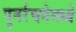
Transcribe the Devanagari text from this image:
पुनर्रचनेमध्ये